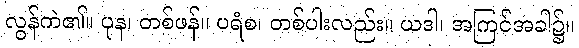
လွန်ကဲ၏။ ပုန၊ တစ်ဖန်။ ပရံစ၊ တစ်ပါးလည်း။ ယဒါ၊ အကြင်အခါ၌။